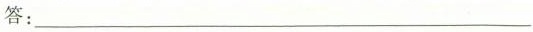
答:___